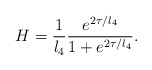
\begin{align*}H =\frac{1}{l_4}\frac{e^{2\tau/l_4}}{1+e^{2\tau/l_4}}.\end{align*}